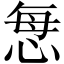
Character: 𢙽